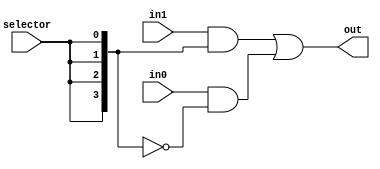
module multiplexer4 (
    input [3:0] in0,
    input [3:0] in1,
    input selector,
    output [3:0] out);

    wire [3:0] s;

    assign s = {selector,selector,selector,selector};

    assign out = (in1&s) | (in0&~s);

endmodule